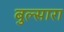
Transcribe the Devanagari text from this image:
बुल्सारा